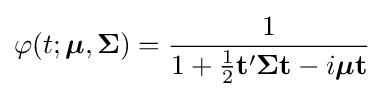
\varphi (t;{\boldsymbol {\mu }},{\boldsymbol {\Sigma }})={\frac {1}{1+{\tfrac {1}{2}}\mathbf {t} '{\boldsymbol {\Sigma }}\mathbf {t} -i{\boldsymbol {\mu }}\mathbf {t} }}